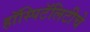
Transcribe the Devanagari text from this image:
हॉस्पिटॅलिटीचे